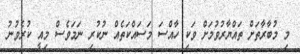
މި މުބާރާތަށް ތައްޔާރުވުމަށް ވަކި ހާއްސަ މަސައްކަތެއް ނުކުރި ނަމަވެސް މިއީ ކުރެވުނު